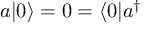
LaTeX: a | 0 \rangle = 0 = \langle 0 | a ^ { \dagger }